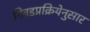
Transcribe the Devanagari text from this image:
निवडप्रक्रियेनुसार